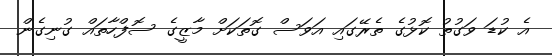
އެ ކުޑަ ވަގުތު ކޮޅުގެ ތެރޭގައި އަވަސް ގޮތަކަށް މާޒީގެ ސޮފްހާތައް ގުނިގެން